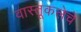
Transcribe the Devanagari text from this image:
वास्तूकलेचे